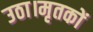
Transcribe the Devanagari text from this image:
उठा।मृतकों